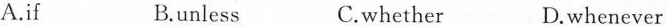
A.if B.unless C.whether D.whenever